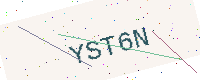
Text: YST6N